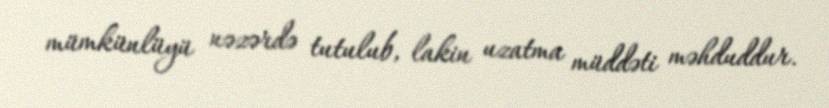
mümkünlüyü nəzərdə tutulub, lakin uzatma müddəti məhduddur.